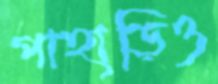
পাহাড়িও